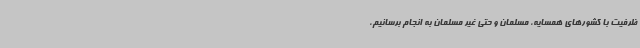
ظرفیت با کشورهای همسایه، مسلمان و حتی غیر مسلمان به انجام برسانیم،